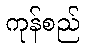
ကုန်စည်